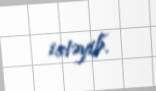
istəyib.